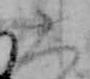
大